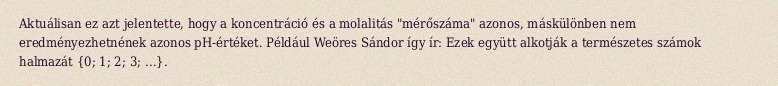
Aktuálisan ez azt jelentette, hogy a koncentráció és a molalitás "mérőszáma" azonos, máskülönben nem eredményezhetnének azonos pH-értéket. Például Weöres Sándor így ír: Ezek együtt alkotják a természetes számok halmazát {0; 1; 2; 3; …}.